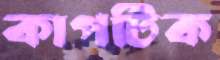
কাপটিক